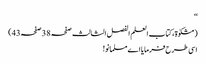
‘‘
(مشکوٰۃ، کتاب العلم الفصل الثالث صفحہ 38 صفحہ43)
اسی طرح فرمایا اے مسلمانو!